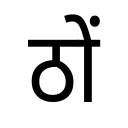
OCR:
ठों